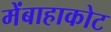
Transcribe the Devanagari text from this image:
मेंबाहाकोट